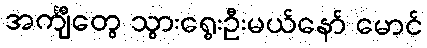
အင်္ကျီတွေ သွားရွေးဦးမယ်နော် မောင်